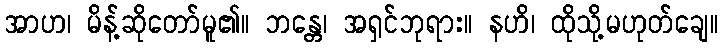
အာဟ၊ မိန့်ဆိုတော်မူ၏။ ဘန္တေ၊ အရှင်ဘုရား။ နဟိ၊ ထိုသို့မဟုတ်ချေ။